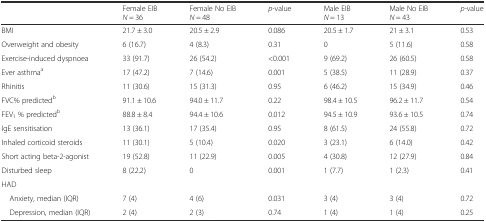
<table><thead><tr><td></td><td><b>Female EIB <i>N</i> = 36</b></td><td><b>Female No EIB <i>N</i> = 48</b></td><td><b><i>p-</i>value</b></td><td><b>Male EIB <i>N</i> = 13</b></td><td><b>Male No EIB <i>N</i> = 43</b></td><td><b><i>p-</i>value</b></td></tr></thead><tbody><tr><td>BMI</td><td>21.7 ± 3.0</td><td>20.5 ± 2.9</td><td>0.086</td><td>20.5 ± 1.7</td><td>21 ± 3.1</td><td>0.53</td></tr><tr><td>Overweight and obesity</td><td>6 (16.7)</td><td>4 (8.3)</td><td>0.31</td><td>0</td><td>5 (11.6)</td><td>0.58</td></tr><tr><td>Exercise-induced dyspnoea</td><td>33 (91.7)</td><td>26 (54.2)</td><td>&lt;0.001</td><td>9 (69.2)</td><td>26 (60.5)</td><td>0.58</td></tr><tr><td>Ever asthma<sup>a</sup></td><td>17 (47.2)</td><td>7 (14.6)</td><td>0.001</td><td>5 (38.5)</td><td>11 (28.9)</td><td>0.37</td></tr><tr><td>Rhinitis</td><td>11 (30.6)</td><td>15 (31.3)</td><td>0.95</td><td>6 (46.2)</td><td>15 (34.9)</td><td>0.46</td></tr><tr><td>FVC% predicted<sup>b</sup></td><td>91.1 ± 10.6</td><td>94.0 ± 11.7</td><td>0.22</td><td>98.4 ± 10.5</td><td>96.2 ± 11.7</td><td>0.54</td></tr><tr><td>FEV<sub>1</sub> % predicted<sup>b</sup></td><td>88.8 ± 8.4</td><td>94.4 ± 10.6</td><td>0.012</td><td>94.5 ± 10.9</td><td>93.6 ± 10.5</td><td>0.74</td></tr><tr><td>IgE sensitisation</td><td>13 (36.1)</td><td>17 (35.4)</td><td>0.95</td><td>8 (61.5)</td><td>24 (55.8)</td><td>0.72</td></tr><tr><td>Inhaled corticoid steroids</td><td>11 (30.1)</td><td>5 (10.4)</td><td>0.020</td><td>3 (23.1)</td><td>6 (14.0)</td><td>0.42</td></tr><tr><td>Short acting beta-2-agonist</td><td>19 (52.8)</td><td>11 (22.9)</td><td>0.005</td><td>4 (30.8)</td><td>12 (27.9)</td><td>0.84</td></tr><tr><td>Disturbed sleep</td><td>8 (22.2)</td><td>0</td><td>0.001</td><td>1 (7.7)</td><td>1 (2.3)</td><td>0.41</td></tr><tr><td>HAD</td><td></td><td></td><td></td><td></td><td></td><td></td></tr><tr><td> Anxiety, median (IQR)</td><td>7 (4)</td><td>4 (6)</td><td>0.031</td><td>3 (4)</td><td>3 (4)</td><td>0.72</td></tr><tr><td> Depression, median (IQR)</td><td>2 (4)</td><td>2 (3)</td><td>0.74</td><td>1 (4)</td><td>1 (4)</td><td>0.25</td></tr></tbody></table>